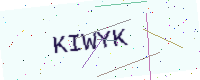
Text: KIWYK